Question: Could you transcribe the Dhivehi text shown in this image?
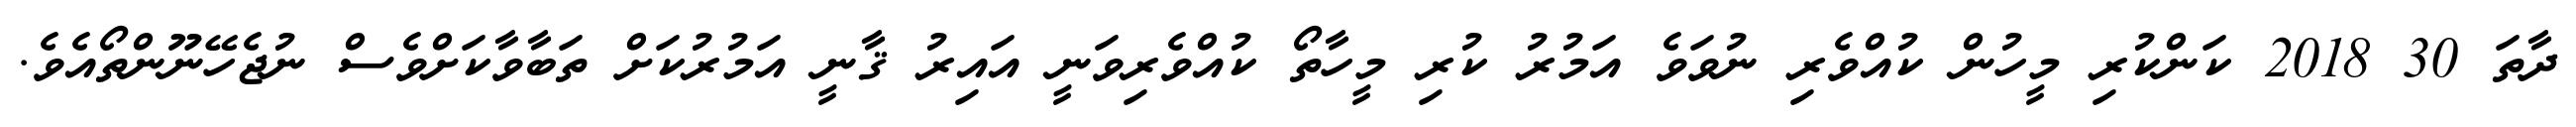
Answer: ދާތަ 30 2018 ކަންކުރި މީހުން ކުއްވެރި ނުވަވެ އަމުރު ކުރި މީހާތޯ ކުއްވެރިވަނީ އައިރު ޤާނީ އަމުރުކަށް ތަބާވާކަށްވެސް ނުޖެހޭނޫންތޯއެވެ.